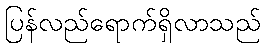
ပြန်လည်ရောက်ရှိလာသည်